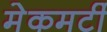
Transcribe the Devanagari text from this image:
मेकमर्टी